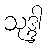
သုဒ္ဒါ